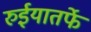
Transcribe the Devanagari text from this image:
रुईयातर्फे